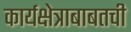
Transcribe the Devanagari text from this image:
कार्यक्षेत्राबाबतची